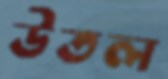
উতল